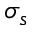
\sigma _ { s }